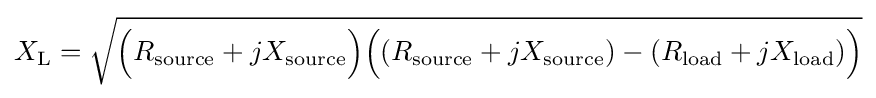
X_{\text{L}}={\sqrt {{\Big (}R_{\text{source}}+jX_{\text{source}}{\Big )}{\Big (}(R_{\text{source}}+jX_{\text{source}})-(R_{\text{load}}+jX_{\text{load}}){\Big )}}}